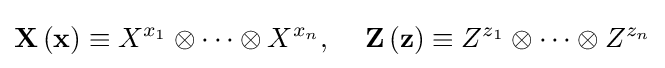
\mathbf {X} \left(\mathbf {x} \right)\equiv X^{x_{1}}\otimes \cdots \otimes X^{x_{n}},\,\,\,\,\,\,\,\mathbf {Z} \left(\mathbf {z} \right)\equiv Z^{z_{1}}\otimes \cdots \otimes Z^{z_{n}}